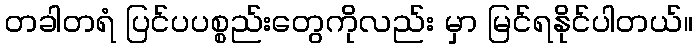
တခါတရံ ပြင်ပပစ္စည်းတွေကိုလည်း မှာ မြင်ရနိုင်ပါတယ်။